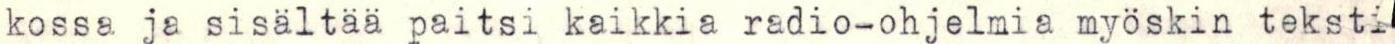
kossa ja sisältää paitsi kaikkia radio-ohjelmia myöskin teksti